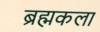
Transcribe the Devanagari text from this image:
ब्रह्मकला